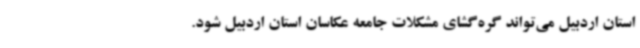
استان اردبیل می‌تواند گره‌گشای مشکلات جامعه عکاسان استان اردبیل شود.